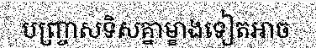
បញ្ច្រាសទិសគ្នាម្ខាងទៀតអាច